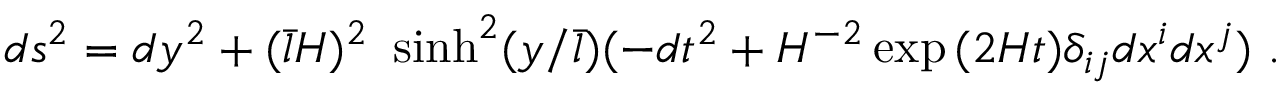
d s ^ { 2 } = d y ^ { 2 } + ( \bar { l } H ) ^ { 2 } \ \sinh ^ { 2 } ( y / \bar { l } ) ( - d t ^ { 2 } + H ^ { - 2 } \exp { ( 2 H t ) } \delta _ { i j } d x ^ { i } d x ^ { j } ) \ .